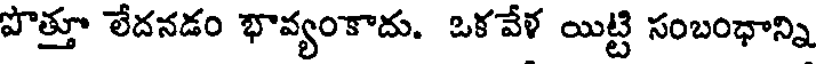
పొత్తూ లేదనడం భావ్యంకాదు. ఒకవేళ యిట్టి సంబంధాన్ని